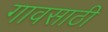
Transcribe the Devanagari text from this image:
गावसाठी